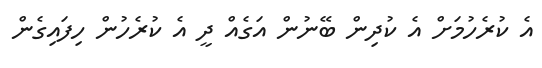
އެ ކުރެހުމަށް އެ ކުދިން ބޭނުން އަގެއް ދީ އެ ކުރެހުން ހިފައިގެން